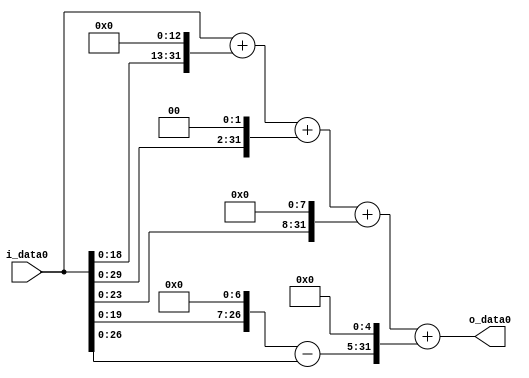
module multiplier_block (
    i_data0,
    o_data0
);

  // Port mode declarations:
  input   [31:0] i_data0;
  output  [31:0]
    o_data0;

  //Multipliers:

  wire [31:0]
    w1,
    w8192,
    w8193,
    w4,
    w8197,
    w256,
    w8453,
    w128,
    w127,
    w4064,
    w12517;

  assign w1 = i_data0;
  assign w12517 = w8453 + w4064;
  assign w127 = w128 - w1;
  assign w128 = w1 << 7;
  assign w256 = w1 << 8;
  assign w4 = w1 << 2;
  assign w4064 = w127 << 5;
  assign w8192 = w1 << 13;
  assign w8193 = w1 + w8192;
  assign w8197 = w8193 + w4;
  assign w8453 = w8197 + w256;

  assign o_data0 = w12517;

  //multiplier_block area estimate = 8316.00013350735;
endmodule